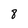
Character: 8